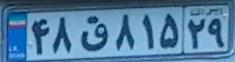
۴۸ق۸۱۵۲۹